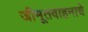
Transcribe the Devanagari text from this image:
जीमूतवाहनाचे